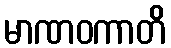
မာဏဝကာတိ